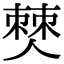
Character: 僰